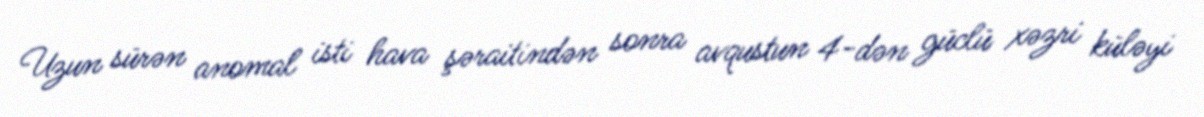
Uzun sürən anomal isti hava şəraitindən sonra avqustun 4-dən güclü xəzri küləyi